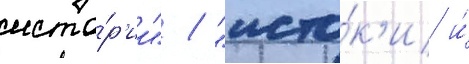
исто́р'ии" / "исто́к'и и́